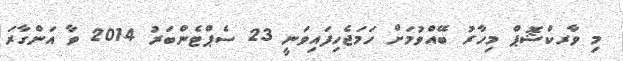
މި ވާރކްޝޮޕް މިހާރު ބޭއްވުމަށް ހަމަޖެހިފައިވަނީ 23 ސެޕްޓެންބަރު 2014 ވާ އަންގާރަ